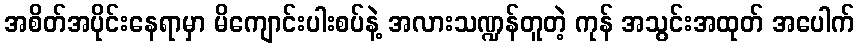
အစိတ်အပိုင်းနေရာမှာ မိကျောင်းပါးစပ်နဲ့ အလားသဏ္ဍန်တူတဲ့ ကုန် အသွင်းအထုတ် အပေါက်